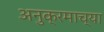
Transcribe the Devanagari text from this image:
अनुक्रमाच्या